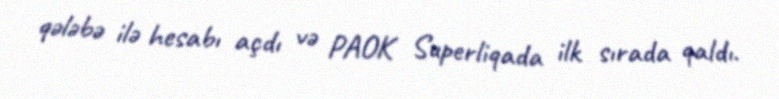
qələbə ilə hesabı açdı və PAOK Superliqada ilk sırada qaldı.